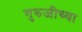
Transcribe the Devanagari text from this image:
गुरुजीच्या